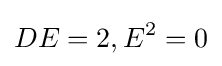
DE=2,E^{2}=0